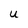
Character: U